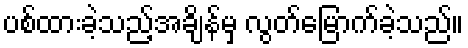
ပစ်ထားခဲ့သည့်အချိန်မှ လွတ်မြောက်ခဲ့သည်။